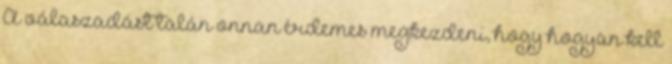
A válaszadást talán onnan érdemes megkezdeni, hogy hogyan kell